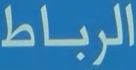
الرباط